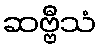
ဆဗ္ဗီသံ